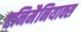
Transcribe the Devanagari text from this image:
एनिमैनियाक्स